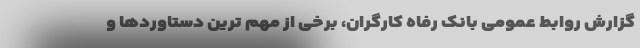
گزارش روابط عمومی بانک رفاه کارگران، برخی از مهم ترین دستاوردها و